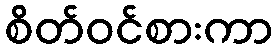
စိတ်ဝင်စားကာ